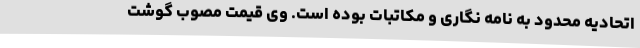
اتحادیه محدود به نامه نگاری و مکاتبات بوده است. وی قیمت مصوب گوشت